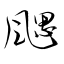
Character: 颸